Report of the Indian Hemp Drugs Commission, 1894-1895 - Volume VII
Year: 1894
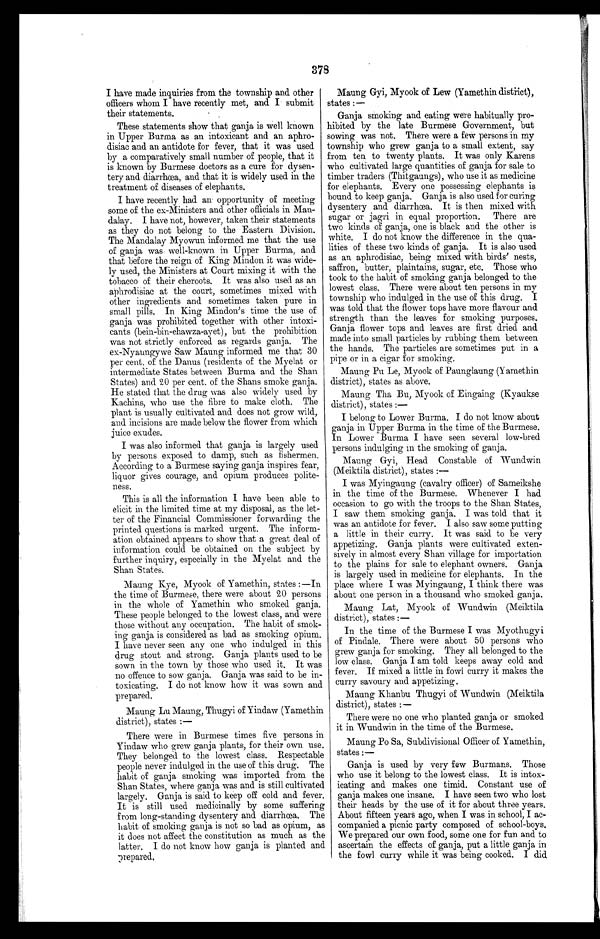
378
I have made inquiries from the township and other
officers whom I have recently met, and I submit
their statements.
These statements show that ganja is well known
in Upper Burma as an intoxicant and an aphro-
disiac and an antidote for fever, that it was used
by a comparatively small number of people, that it
is known by Burmese doctors as a cure for dysen-
tery and diarrhœa, and that it is widely used. in the
treatment of diseases of elephants.
I have recently had an opportunity of meeting
some of the ex-Ministers and other officials in Man-
dalay. I have not, however, taken their statements
as they do not belong to the Eastern Division.
The Mandalay Myowun informed me that the use
of ganja was well-known in Upper Burma, and
that before the reign of King Mindon it was wide-
ly used, the Ministers at Court mixing it with the
tobacco of their cheroots. It was also used as an
aphrodisiac at the court, sometimes mixed with
other ingredients and sometimes taken pure in
small pills. In King Mindon's time the use of
ganja was prohibited together with other intoxi-
cants (bein-bin-ehawza-ayet), but the prohibition
was not strictly enforced as regards ganja. The
ex-Nyaungywe Saw Maung informed me that 30
per cent. of the Danus (residents of the Myelat or
intermediate States between Burma and the Shan
States) and 20 per cent. of the Shans smoke ganja.
He stated that the drug was also widely used by
Kachins, who use the fibre to make cloth. The
plant is usually cultivated and does not grow wild,
and incisions are made below the flower from which
juice exudes.
I was also informed that ganja is largely used
by persons exposed. to damp, such as fishermen.
According to a Burmese saying ganja inspires fear,
liquor gives courage, and. opium produces polite-
ness.
This is all the information I have been able to
elicit in the limited time at my disposal, as the let-
ter of the Financial Commissioner forwarding the
printed questions is marked urgent. The inform-
ation obtained appears to show that a great deal of
information could be obtained on the subject by
further inquiry, especially in the Myelat and the
Shan States.
Maung Kye, Myook of Yamethin, states :—In
the time of Burmese, there were about 20 persons
in the whole of Yamethin who smoked ganja.
These people belonged to the lowest class, and were
those without any occupation. The habit of smok-
ing ganja is considered as bad as smoking opium.
I have never seen any one who indulged in this
drug stout and strong. Ganja plants used to be
sown in the town by those who used it. It was
no offence to sow ganja. Ganja was said to be in-
toxicating. I do not know how it was sown and
prepared.
Maung Lu Maung, Thugyi of Yindaw (Yamethin
district), states :—
There were in Burmese times five persons in
- Vinci= who grew ganja plants, for their own use.
They belonged to the lowest class. Respectable
people never indulged in the use of this drug. The
habit of ganja smoking was imported. from the
Shan States, where ganja was and is still cultivated
largely. Ganja is said to keep off cold and fever.
It is still used medicinally by some suffering
from long-standing dysentery and diarrhœa. The
habit of smoking ganja is not so bad as opium, as
it does not affect the constitution as much as the
latter. I do not know how ganja is planted and.
'repared.
Maung Gyi, Myook of Lew (Yamethin district),
states :—
Ganja smoking and eating were habitually pro-
hibited by the late Burmese Government, but
sowing was not. There were a few persons in my
township who grew ganja to a small extent, say
from ten to twenty plants. It was only Karens
who cultivated large quantities of ganja for sale to
timber traders (Thi.tgaungs), who use it as medicine
for elephants. Every one possessing elephants is
bound to keep ganja. Ganja is also used for curing
dysentery and diarrhœa. It is then mixed with
sugar or jagri in equal proportion. There are
two kinds of ganja, one is black and the other is
white. I do not know the difference in the qua-
lities of these two kinds of ganja. It is also used
as an aphrodisiac, being mixed with birds' nests,
saffron, butter, plaintains, sugar, etc. Those who
took to the habit of smoking ganja belonged to the
lowest class. There were about ten persons in my
township who indulged. in the use of this drug. I
was told that the flower tops have more flavour and
strength than the leaves for smoking purposes.
Ganja flower tops and leaves are first dried and
made into small particles by rubbing them between
the hands. The particles are sometimes put in a
pipe or in a cigar for smoking.
Malang Pu Le, Myook of Paunglaung (Yamethin
district), states as above.
Maung Tha Bu, Myook of Eingaing (Kyaukse
district), states :-
I belong to Lower Burma. I do not know about
ganja in Upper Burma in the time of the Burmese.
In Lower Burma I have seen several low-bred
persons indulging in the smoking of ganja.
Maung Gyi, Head Constable of Wundwin
(Meiktila district), states :-
I was
cr
Myinaung (cavalry officer) of Sameikshe
in the time of the Burmese. Whenever I had
occasion to go with the troops to the Shan States,
I saw them smoking ganja. I was told that it
was an antidote for fever. I also saw some putting
a little in their curry. It was said to be very
appetizing. Ganja plants were cultivated exten-
sively in almost every Shan village for importation
to the plains for sale to elephant owners. Ganja
is largely used in medicine for elephants. In the
place where I was Myingaung, I think there was
about one person in a thousand who smoked ganja.
Maung Lat, Myook of Wundwin (Meiktila
district), states :—
In the time of the Burmese I was Myothugy i
of Pindale. There were about 50 persons who
grew ganja for smoking. They all belonged to the
low class. Ganja I am told keeps away cold and
fever. If mixed a little in fowl curry it makes the
curry savoury and appetizing.
Maung Khanbu Thugyi of Wundwin (Meiktila
district), states :—
There were no one who planted ganja or smoked
it in Wundwin in the time of the 'Burmese.
Maung Po Sa, Subdivisional Officer of Yamethin,
states :—
Ganja is used by very few Burmans. Those
who use it belong to the lowest class. It is intox-
icating and makes one timid. Constant use of
ganja makes one insane. I have seen two who lost
their heads by the use of it for about three years.
About fifteen years ago, when I was in school, I ac-
companied a picnic party composed of school-boys.
We prepared our own food, some one for fun and to
ascertain the effects of ganja, put a little ganja in
the fowl curry while it was being cooked. I did